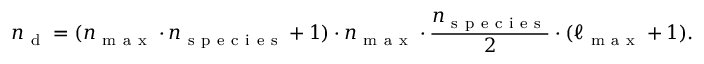
n _ { \mathrm { ~ d ~ } } = ( n _ { \mathrm { ~ m ~ a ~ x ~ } } \cdot n _ { \mathrm { ~ s ~ p ~ e ~ c ~ i ~ e ~ s ~ } } + 1 ) \cdot n _ { \mathrm { ~ m ~ a ~ x ~ } } \cdot \frac { n _ { \mathrm { ~ s ~ p ~ e ~ c ~ i ~ e ~ s ~ } } } { 2 } \cdot ( \ell _ { \mathrm { ~ m ~ a ~ x ~ } } + 1 ) .